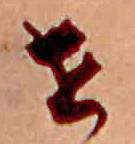
せ